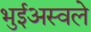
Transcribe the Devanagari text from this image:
भुईअस्वले